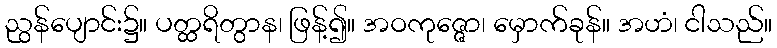
ညွန်ပျောင်း၌။ ပတ္ထရိတွာန၊ ဖြန့်၍။ အဝကုဇ္ဇော၊ မှောက်ခုန်။ အဟံ၊ ငါသည်။